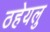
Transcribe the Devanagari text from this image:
ठहेयलु